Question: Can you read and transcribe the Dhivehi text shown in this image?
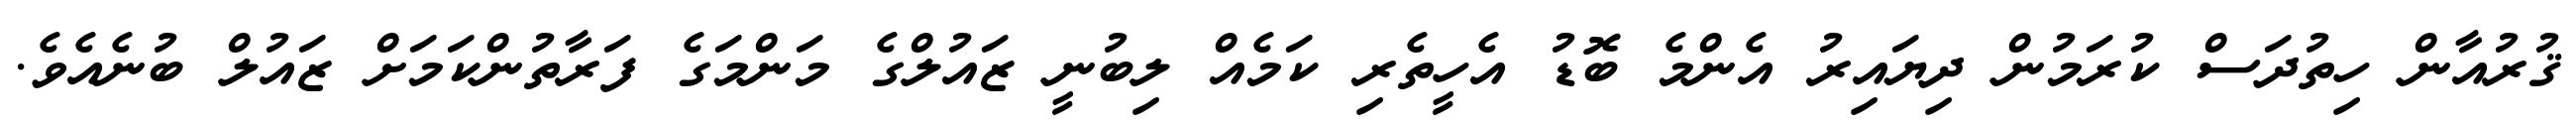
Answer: ޤުރުއާން ހިތުދަސް ކުރަމުން ދިޔައިރު އެންމެ ބޮޑު އެހީތެރި ކަމެއް ލިބުނީ ޒައުލްގެ މަންމަގެ ފަރާތުންކަމަށް ޒައުލް ބުނެއެވެ.